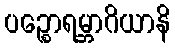
ပဉ္စောရမ္ဘာဂိယာနိ